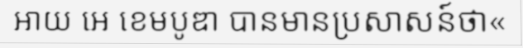
អាយ អេ ខេមបូឌា បានមានប្រសាសន៍ថា«